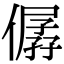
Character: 僝